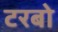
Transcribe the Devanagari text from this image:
टरबो